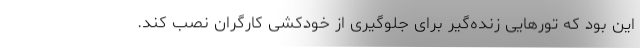
این بود که تورهایی زنده‌گیر برای جلوگیری از خودکشی کارگران نصب کند.